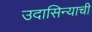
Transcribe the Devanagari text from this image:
उदासिन्याची